system: You are a helpful assistant.
user:
Analyze the provided spectrum to determine if it is a **M-type Giant (gM)**.

A M-type Giant spectrum is defined by its **strong molecular absorption** features, particularly from **Titanium Oxide (TiO)**. You must check for one of the following mutually exclusive signatures:

- **Key Visual Indicators (Absorption-Dominated Spectrum):**

    - **(Primary):** The spectrum is dominated by strong molecular absorption from **Titanium Oxide (TiO)**. This is the **defining feature** of its M-type temperature class.
        - **(Key Bandheads):** Look for sharp, "saw-tooth" absorption valleys. The strongest are located near **~7050 Å**, **~6160 Å**, and **~5170 Å**.
        - **(Line Profile):** The "saw-tooth" morphology is critical: a **sharp, steep drop on the BLUE (short-wavelength) side** of the bandhead, followed by a gradual recovery (rising flux) towards the RED (long-wavelength) side.

    - **(Key Confirmation - Giant vs. Dwarf):** **ABSENCE** of strong **Calcium Hydride (CaH)** molecular bands. This is the primary diagnostic for *excluding* M-dwarfs.
        - **(Key Region):** The spectrum should lack the strong, broad absorption band seen in dwarfs between **~6800 Å and ~7000 Å**.

    - **(Secondary Confirmation - Giant):** A very strong and broad **Neutral Calcium (Ca I)** atomic absorption line.
        - **(Key Line):** Located at **~4226 Å**. In a giant (gM), this line is significantly deeper and broader than the same line in an M-dwarf (dM) due to low surface gravity.

    - **(Overall Spectrum):**
        - The continuum is **extremely red-sloping** (i.e., flux is very low in the blue and rises dramatically towards the red).
        - The entire spectrum appears "chopped up" by the deep TiO bands.

Think first, call **spectral_visualization_tool** if needed to examine features in detail, then provide your final answer. Your response must adhere to the following strict rules:
1.  **Overall Structure:** Your response must follow the format `<think>...</think> <tool_call>...</tool_call> (if a tool is used) <answer>...</answer>`.
2.  **Tool Usage Constraint:** You may only make **one** tool call per turn.
3.  **Final Answer Format:** In the `<answer>` tag, your conclusion must be inside a `\boxed{}` command (e.g., `\boxed{YES}` or `\boxed{NO}`), followed by your justification.

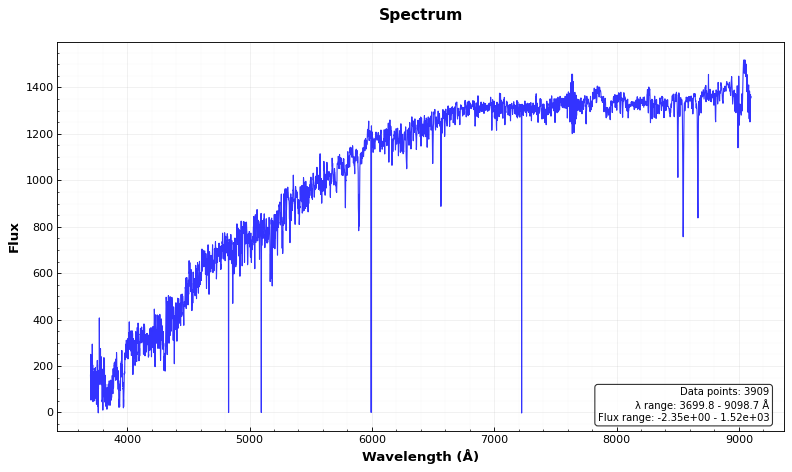
Answer: NO